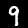
Digit: 9